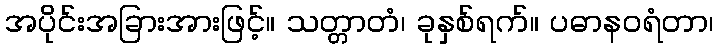
အပိုင်းအခြားအားဖြင့်။ သတ္တာတံ၊ ခုနှစ်ရက်။ ပဓာနဝရံတာ၊